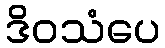
ဒိဝသံပေ